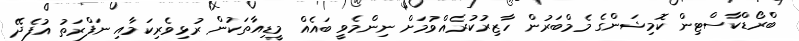
ބްރޯޑްކާސްޓިން ކޮމިޝަންގެ މެމްބަރުން ހާޒިރުކުރެއްވުމަށް ނިންމެވީ ބައެއް މީޑިއާތަކުން ރުޅިވެރިކަމާއި ނަފްރަތު އުފެދޭ